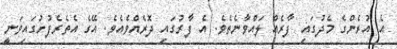
އެ އުރެންގެ މެދުގައި ފާރެއް ލައްވާނެތެވެ. އެ ފާރުގައި ދޮރެއްވެއެވެ. އޭގެ އެތެރެފުށުގައިވަނީ